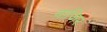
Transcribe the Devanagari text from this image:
वाजिर